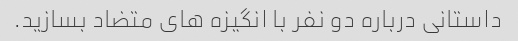
داستانی درباره دو نفر با انگیزه های متضاد بسازید.